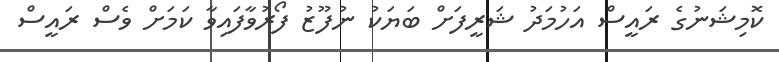
ކޮމިޝަނުގެ ރައީސް އަހުމަދު ޝަރީފަށް ބަޔަކު ނުފޫޒު ފޯރުވާފައިވާ ކަމަށް ވެސް ރައީސް